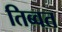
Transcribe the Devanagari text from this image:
तिब्वत